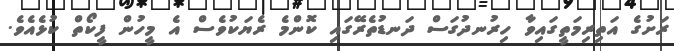
ރަށުގެ އަތިރިމަތީގައިވާ ހިރުނދުގަސް ދަނޑުތެރޭގައި ކޮންމެ ރެޔަކުވެސް އެ މީހުން ފީކޯތް ކުޅެއެވެ.